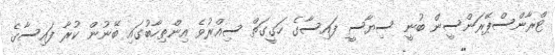
ޓްރާންސްޕޭރަންސީން ބުނީ ސިޔާސީ ފައިސާގެ ހަގީގަތް ސިއްރުވެ އިންތިހާބުގައި ބޭނުން ކުރާ ފައިސާގެ